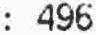
: 496